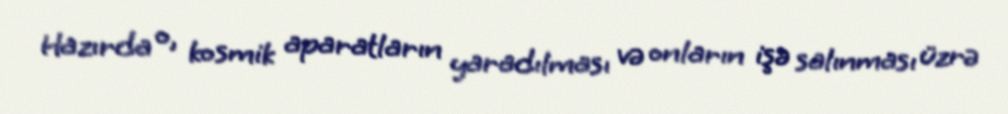
Hazırda o, kosmik aparatların yaradılması və onların işə salınması üzrə